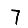
Digit: 7